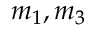
m _ { 1 } , m _ { 3 }